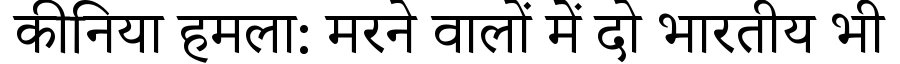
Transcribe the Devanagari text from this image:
कीनिया हमला: मरने वालों में दो भारतीय भी